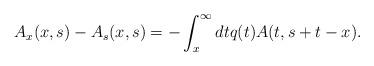
LaTeX: \begin{align*}A_x(x,s) - A_s(x,s) = -\int_x^\infty dt q(t) A(t,s+t-x).\end{align*}